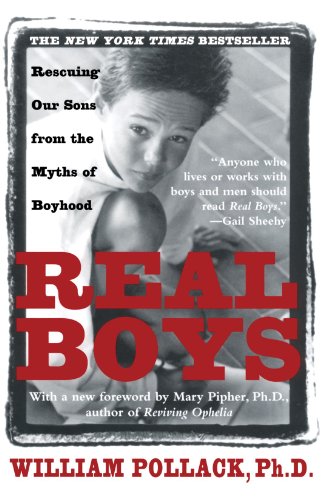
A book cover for Real Boys: Rescuing Our Sons from the Myths of Boyhood; William Pollack; Parenting & Relationships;